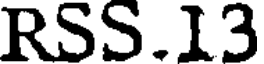
RSS.13